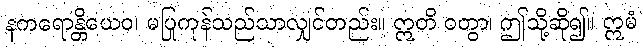
နကရောန္တိယေဝ၊ မပြုကုန်သည်သာလျှင်တည်း။ ဣတိ ဝတွာ၊ ဤသို့ဆို၍။ ဣမံ